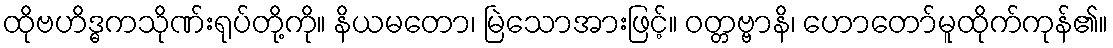
ထိုဗဟိဒ္ဓကသိုဏ်းရုပ်တို့ကို။ နိယမတော၊ မြဲသောအားဖြင့်။ ဝတ္တဗ္ဗာနိ၊ ဟောတော်မူထိုက်ကုန်၏။